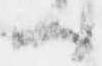
ハ